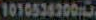
10105363003